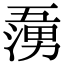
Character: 𭱷